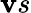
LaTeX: \mathbf{v}s